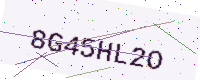
Text: 8G45HL2O